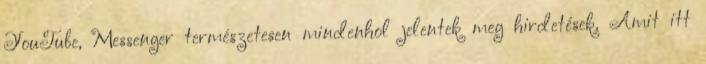
YouTube, Messenger természetesen mindenhol jelentek meg hirdetések. Amit itt